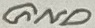
Text: GND